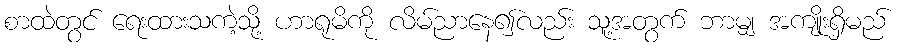
စာထဲတွင် ရေးထားသကဲ့သို့ ဟာရုမိကို လိမ်ညာနေ၍လည်း သူ့အတွက် ဘာမျှ အကျိုးရှိမည်